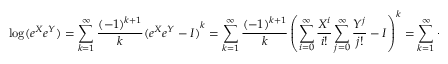
\log ( e ^ { X } e ^ { Y } ) = \sum _ { k = 1 } ^ { \infty } { \frac { ( - 1 ) ^ { k + 1 } } { k } } { ( e ^ { X } e ^ { Y } - I ) } ^ { k } = \sum _ { k = 1 } ^ { \infty } { \frac { ( - 1 ) ^ { k + 1 } } { k } } \left( { \sum _ { i = 0 } ^ { \infty } { \frac { X ^ { i } } { i ! } } \sum _ { j = 0 } ^ { \infty } { \frac { Y ^ { j } } { j ! } } - I } \right) ^ { k } = \sum _ { k = 1 } ^ { \infty } { \frac { ( - 1 ) ^ { k + 1 } } { k } } \left( \sum _ { i , j \geq 0 , i + j > 1 } ^ { \infty } { \frac { X ^ { i } Y ^ { j } } { i ! j ! } } \right) ^ { k } .